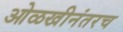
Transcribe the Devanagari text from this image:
ओळखीनंतरच